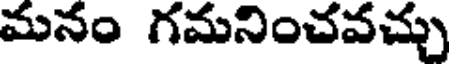
మనం గమనించవచ్చు